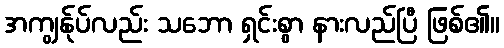
အကျွန်ုပ်လည်း သဘော ရှင်းစွာ နားလည်ပြီ ဖြစ်၏။